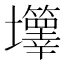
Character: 𡔄